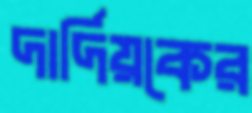
দার্দিয়কের